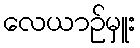
လေယာဉ်မှူး